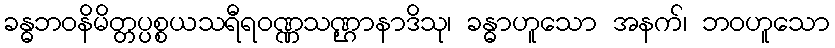
ခန္ဓဘဝနိမိတ္တပ္ပစ္စယသရီရဝဏ္ဏသဏ္ဌာနာဒိသု၊ ခန္ဓာဟူသော အနက်၊ ဘဝဟူသော